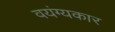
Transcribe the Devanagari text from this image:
वयंग्यकार